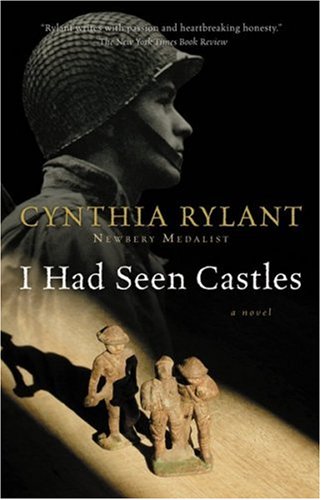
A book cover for I Had Seen Castles; Cynthia Rylant; Teen & Young Adult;